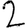
Digit: 2